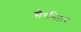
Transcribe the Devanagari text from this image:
सैबमिलर